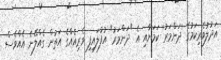
އަދުލުވެރިކަމުގެ 'ދަންމަރު' ކަމަށާއި އެ "ދަންމަރު" އުފުލައިފި ވެރިއެއްގެ އަތުން ގެއްލޭނެ އެއްވެސް